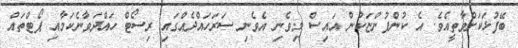
ބޭފުޅަކަށްވާތީއެވެ. އެ ކުންފުންޏަކުން އައިސް މިވެނި އެވެނި ސަރަހައްދެއްގައި ރިސޯޓް ހައްދަވާނެކަމާއި ޕޯޓްތައް